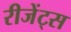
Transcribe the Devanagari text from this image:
रीजेंट्स